NAE_Eesti_seltside_protokollid_1900-1917, lk 6
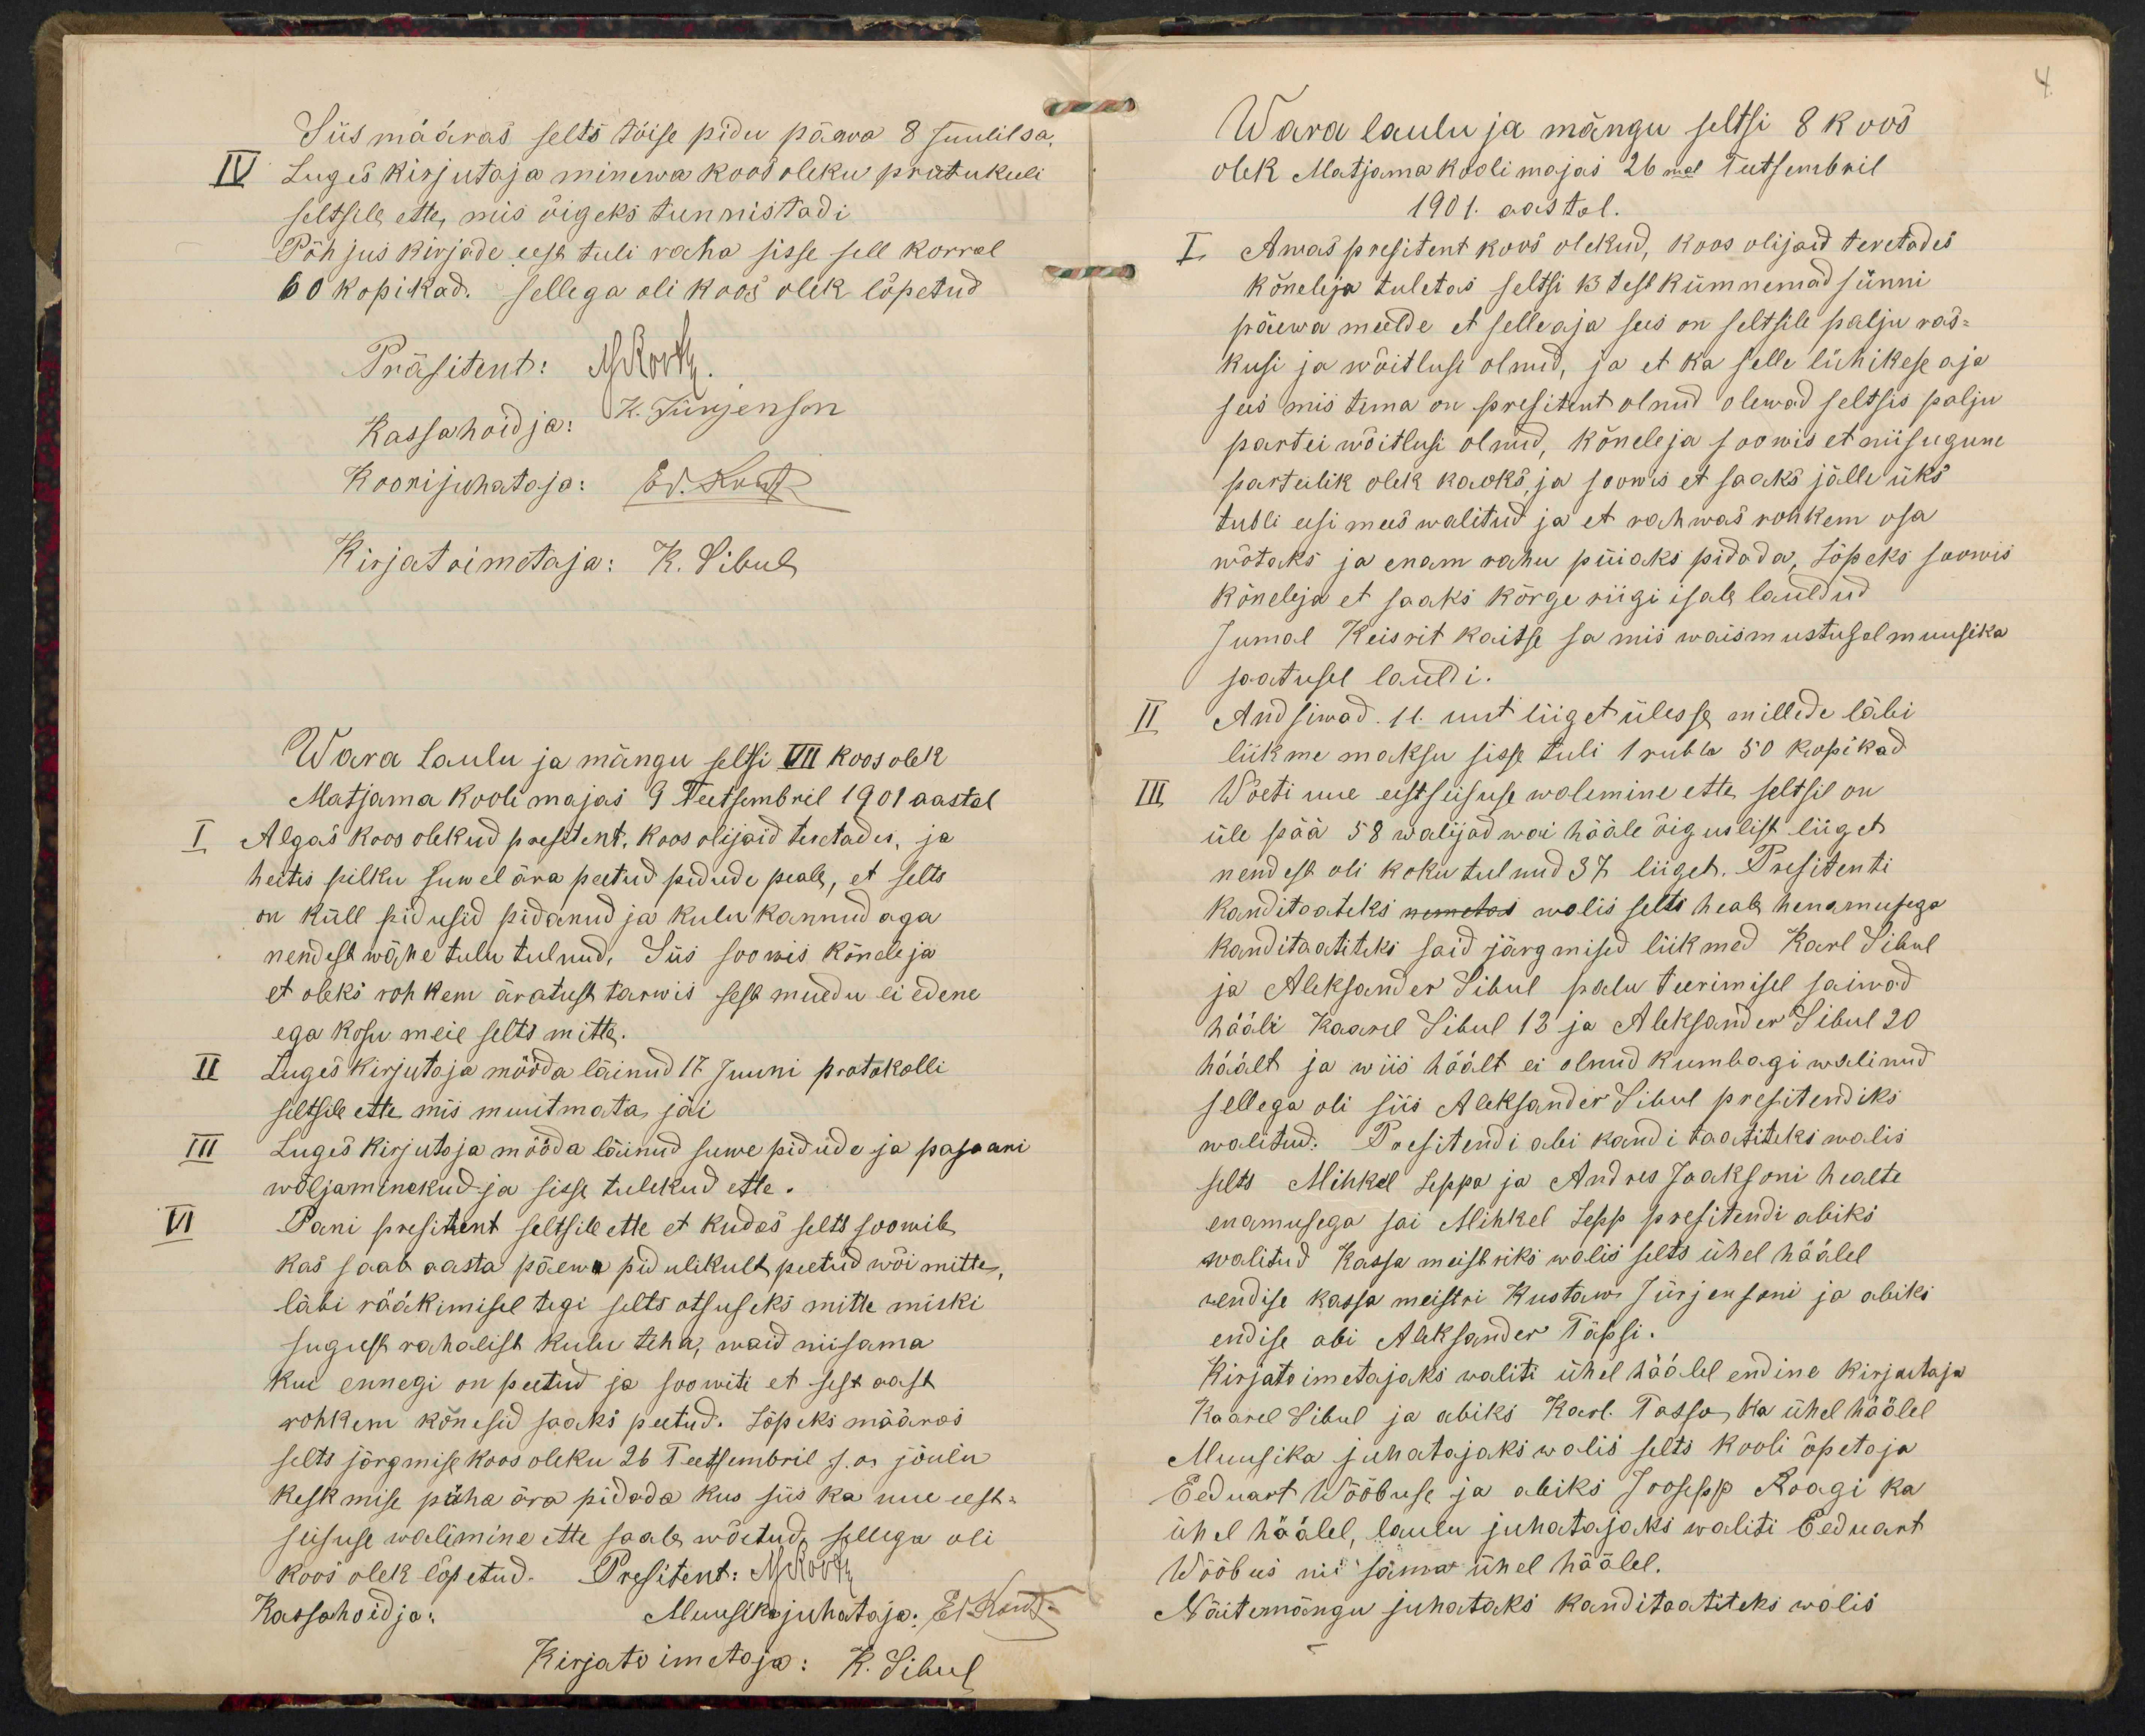
Siis määras selts tõise pidu päewa 8 Juulil sa.
IV Luges kirjutaja minewa koosoleku pratukuli
seltsile ette, mis õigeks tunnistadi
Põhjus kirjade eest tuli raha sisse sell korral
60 kopikad. Sellega oli koos olek lõpetud
Wara laulu ja mängu seltsi VII koosolek
Matjama kooli majas 9 Teetsembril 1901 aastal
Algas koos olekud presitent. Koos olijaid teretades, ja
heitis pilku suwel ära peetud pidude peale, et selts
on küll pidusid pidanud ja kulu kannud aga
nendest wähe tulu tulnud. Siis soowis kõneleja
et oleks rohkem äratust tarwis sest muidu ei edene
ega kosu meie selts mitte.
Luges kirjutaja mööda läinud 17 Juuni protokolli
seltsile ette mis muutmata jäi
Luges kirjutaja mööda läinud suwe pidude ja pasaani
wäljaminekud ja sisse tulekud ette.
Pani presitent seltsile ette et kudas selts soowib,
kas saab aasta päewa pidulikult peetud wõi mitte,
läbi rääkimisel tegi selts otsuseks mitte miski
sugust rahalist kulu teha, waid niisama
kui ennegi on peetud ja soowiti et sest aasta
rohkem kõnesid saaks peetud. Lõpeks määras
selts järgmise koos oleku 26 Teetsembril s.a. jõulu
keskmise püha ära pidada kus siis ka uue eest-
seisuse walimine ette saab wõetud, sellega oli

Wara laulu ja mängu seltsi 8 koos
olek Matjama koolimajas 26mal Teetsembril
1901. aastal.
Awas presitent koos olekud, koos olijaid teretades
kõneleja tuletas seltsi 13 testkümnemad sünni
päewa meelde et selleaja sees on seltsile palju ras-
kusi ja wõitlusi olnud, ja et ka selle lühikese aja
sees mis tema on presitent olnud olewad seltsis palju
partei wõitlusi olnud, kõneleja soowis et niisugune
parteilik olek kaoks ja soowis et saaks jälle üks
tubli eesi mees walitud ja et rahwas rohkem osa
wõtaks ja enam rahu püiaks pidada. Lõpeks soowis
kõneleja et saaks kõrge riigi isale lauldud
Jumal Keisrit kaitse sa mis waismustusel muusika
saatusel lauldi.
Andsiwad 11. uut liiget ülesse millede läbi
liikme maksu sisse tuli 1 rubla 50 kopikad
Wõeti uue eestseisuse walemine ette, seltsil on
üle pää 58 walijad woi hääle õiguslist liiget
nendest oli koku tulnud 37 liiged. Presitenti
kanditaateks nimetas walis selts heale henamusega
kanditaatitiks said järgmised liikmed Karl Sibul
ja Aleksander Sibul palu teerimisel saiwad
hääli Kaarel Sibul 13 ja Aleksander Sibul 20
häält ja wiis häält ei olnud kumbagi walinud
sellega oli siis Aleksander Sihul presitendiks
walitud. Presitendi abi kanditaatiteks walis
selts Mihkel Seppa ja Andres Jaaksoni healte
enamusega sai Mihkel Sepp presitendi abiks
walitud Kassa meistriks walis selts ühel häälel
rendise kassa meistri Kustaw Jürjensoni ja abiks
endise abi Aleksander Täpsi.
Kirjatoimetajaks waliti ühel häälel endine kirjutaja
Kaarel Sibul ja abiks Karl. Tasso, ka ühel häälel
Muusika juhatajaks walis selts kooli õpetaja
Eeduart Wõõbuse ja abiks Joosepp Roogi ka
ühel häälel, laulu juhatajaks waliti Eeduart
Wõõbus nii sama ühel häälel.
Näitemängu juhataks kanditaatiteks walis